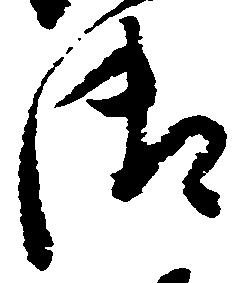
御